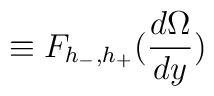
\equiv  F_{h_- , h_+} ( \frac{d \Omega}{dy} )